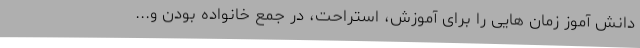
دانش آموز زمان هایی را برای آموزش، استراحت، در جمع خانواده بودن و...